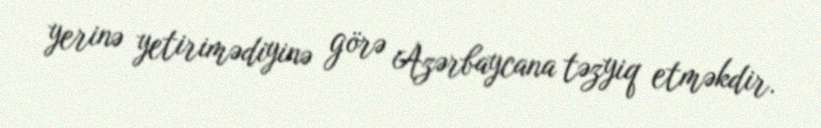
yerinə yetirimədiyinə görə Azərbaycana təzyiq etməkdir.